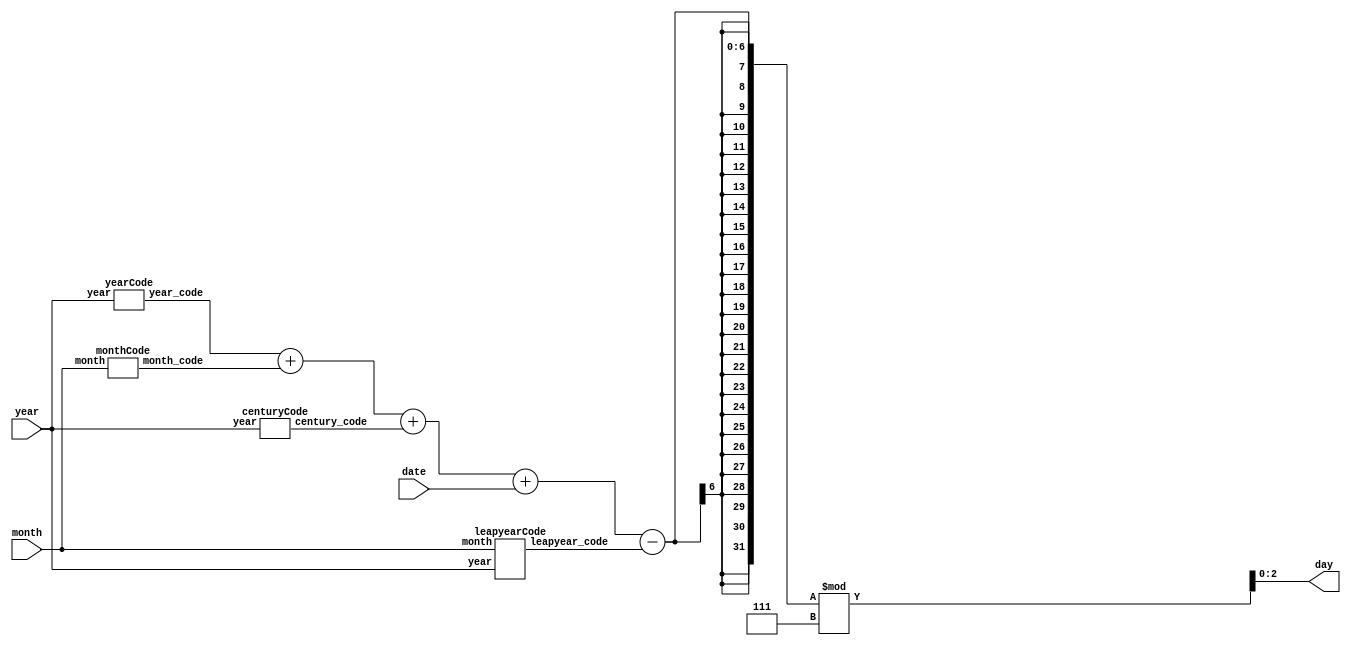
module date_converter(
input [4:0] date,
input [3:0] month,
input [11:0] year,
output reg [2:0] day
);


wire [2:0] year_code;
wire [2:0] month_code;
wire [2:0] century_code;
wire leapyear_code;


yearCode u0 (.year(year), .year_code(year_code));
monthCode u1 (.month(month), .month_code(month_code));
centuryCode u2 (.year(year), .century_code(century_code));
leapyearCode u3 (.year(year), .month(month), .leapyear_code(leapyear_code));


always @* begin
day = (year_code + month_code + century_code + date - leapyear_code) % 7;
end


endmodule


module yearCode(
input [11:0] year,
output reg [2:0] year_code);
reg [6:0] YY;
always @(*) begin
YY = year % 100;
year_code = (YY + (YY/4)) % 7;
end
//$display("year: %d, year_code = %d", year, year_code);
endmodule


module monthCode(
input [3:0] month,
output wire [2:0] month_code
);
assign month_code = (month == 4'd1) ? 3'b000 :
(month == 4'd2) ? 3'b011 :
(month == 4'd3) ? 3'b011 :
(month == 4'd4) ? 3'b110 :
(month == 4'd5) ? 3'b001 :
(month == 4'd6) ? 3'b100 :
(month == 4'd7) ? 3'b110 :
(month == 4'd8) ? 3'b010 :
(month == 4'd9) ? 3'b101 :
(month == 4'd10) ? 3'b000 :
(month == 4'd11) ? 3'b011 :
(month == 4'd12) ? 3'b101 : 3'b000;


//initial $display("Month: %d, month_code = %b", month, month_code);
endmodule






module centuryCode(
input [11:0] year,
output reg [2:0] century_code);
wire [6:0] century;
assign century = year / 100;
always @(*) begin
case(century)
7'd17:century_code = 4;
7'd18:century_code = 2;
7'd19:century_code = 0;
7'd20:century_code = 6;
7'd21:century_code = 4;
7'd22:century_code = 2;
7'd23:century_code = 0;
endcase
end


//$display("year: %d, century_code = %d", year, century_code);
endmodule


module leapyearCode(
input [11:0] year,
input [3:0] month,
output reg leapyear_code
);
reg leap_year_check;
always@(*) begin
if(year%4 == 0) begin
if(year % 100 == 0 && year % 400 != 0)
leap_year_check = 0;
else leap_year_check = 1;
end else begin
leap_year_check = 0;
end
end


always @(*) begin
leapyear_code = leap_year_check?((month == 4'd1 || month == 4'd2)?1:0):0;
end


//$display("year: %d, leapyear_code = %d", year, leapyear_code);
endmodule